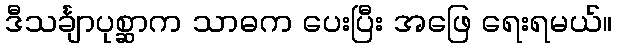
ဒီသင်္ချာပုစ္ဆာက သာဓက ပေးပြီး အဖြေ ရေးရမယ်။